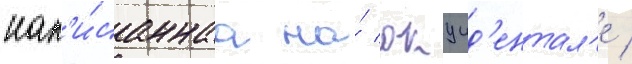
нап'и́саннаа на́ окцид'ентал'е /